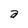
Character: a